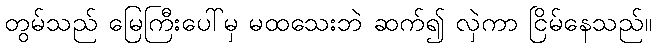
တွမ်သည် မြေကြီးပေါ်မှ မထသေးဘဲ ဆက်၍ လှဲကာ ငြိမ်နေသည်။